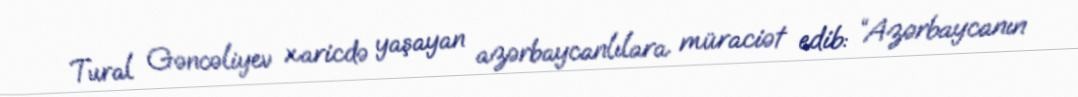
Tural Gəncəliyev xaricdə yaşayan azərbaycanlılara müraciət edib: “Azərbaycanın